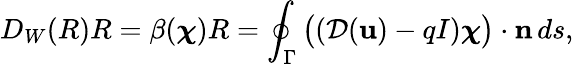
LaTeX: D_{W}(R)R=\beta({\boldsymbol\chi})R=\oint_{\Gamma}\big(({\mathcal{D}}({\mathbf u})-qI){\boldsymbol\chi}\big)\cdot{\mathbf n}\, ds,